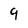
Character: 9